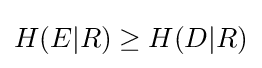
H(E|R)\geq H(D|R)